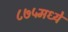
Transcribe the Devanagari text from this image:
८७५मध्ये